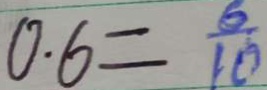
0 . 6 = \frac { 6 } { 1 0 }